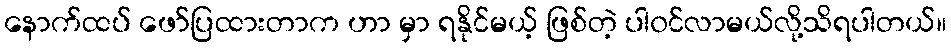
နောက်ထပ် ဖော်ပြထားတာက ဟာ မှာ ရနိုင်မယ့် ဖြစ်တဲ့ ပါ၀င်လာမယ်လို့သိရပါတယ်။